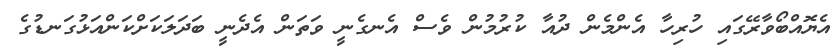
އެޔޮއްބޯވާރޭގައި ހުރިހާ އެންމެން ދުއާ ކުރުމުން ވެސް އެނގެނީ ވަތަން އެދެނީ ބަދަލަކަށްކަންއަޅުގަނޑުގެ